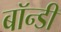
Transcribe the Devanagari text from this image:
बॉन्डी